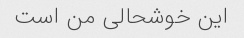
این خوشحالی من است